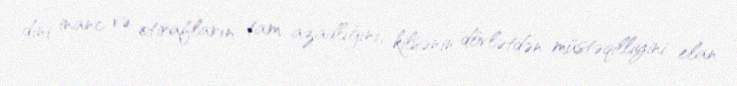
dini inanc və etirafların tam azadlığını, kilsənin dövlətdən müstəqilliyini elan